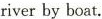
river by boat.